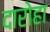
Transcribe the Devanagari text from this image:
दारोहा